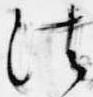
法